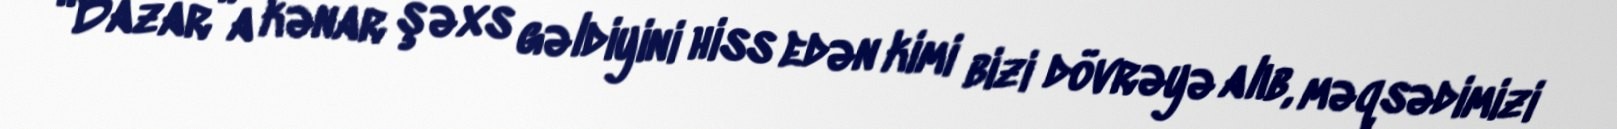
“Bazar”a kənar şəxs gəldiyini hiss edən kimi bizi dövrəyə alıb, məqsədimizi